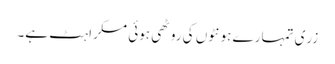
زری تمہارے ہونٹوں کی روٹھی ہوئی مسکراہٹ ہے۔